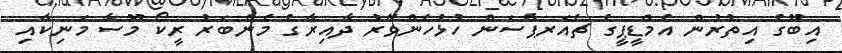
އިބޫގެ އިތުރުން އެމްޑީޕީގެ ޗެއަރޕާސަން ހުޅުހެންވޭރު ދާއިރާގެ މެންބަރު ރީކޯ މޫސާ މަނިކާއި